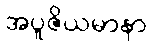
အပူဇိယမာနာ